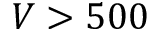
V > 5 0 0